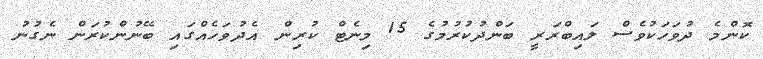
ކޮންމެ ދުވަހަކުވެސް ލައިބްރަރީ ބަންދުކުރުމުގެ 15 މިނެޓް ކުރިން އެދުވަހެއްގައި ބޭނުންކުރަން ނެގުނު